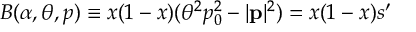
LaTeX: B ( \alpha , \theta , p ) \equiv x ( 1 - x ) ( \theta ^ { 2 } p _ { 0 } ^ { 2 } - | \mathbf { p } | ^ { 2 } ) = x ( 1 - x ) s ^ { \prime }